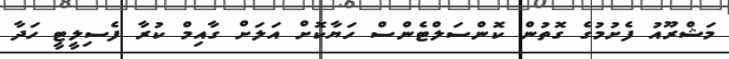
މަޝްރޫއު ފެށުމުގެ ގޮތުން ކޮންސަލްޓެންސް ހަޔާކޮށް އަލަށް ގާއިމް ކުރާ ފެސިލީޓީ ހަދާ